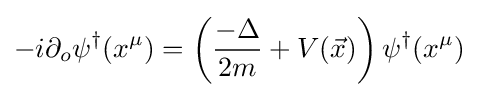
-i\partial _{o}\psi ^{\dagger }(x^{\mu })=\left({\frac {-\Delta }{2m}}+V({\vec {x}})\right)\psi ^{\dagger }(x^{\mu })